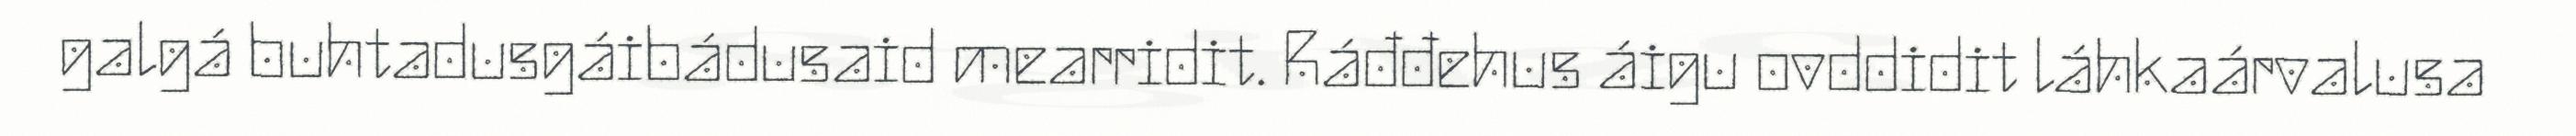
galgá buhtadusgáibádusaid mearridit. Ráđđehus áigu ovddidit láhkaárvalusa